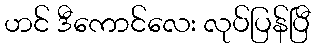
ဟင် ဒီကောင်လေး လုပ်ပြန်ပြီ